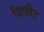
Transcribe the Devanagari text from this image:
डिफ़ीट